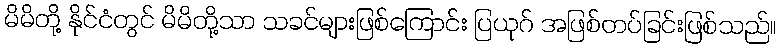
မိမိတို့ နိုင်ငံတွင် မိမိတို့သာ သခင်များဖြစ်ကြောင်း ပြယုဂ် အဖြစ်တပ်ခြင်းဖြစ်သည်။